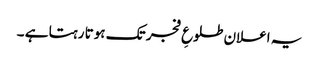
یہ اعلان طلوعِ فجر تک ہوتا رہتا ہے ۔